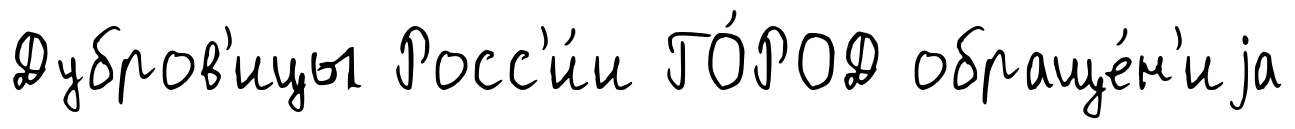
Дубров'ицы Росс'и́и ГО́РОД обраще́н'иjа